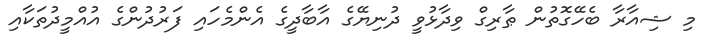
މި ޝިއާރާ ބެހޭގޮތުން ޠާރިގް ވިދާޅުވީ ދުނިޔޭގެ އާބާދީގެ އެންމެހައި ފަރުދުންގެ އުއްމީދުތަކާއި